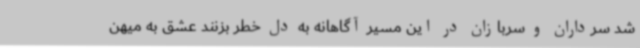
شد سرداران و سربازان در این مسیر آگاهانه به دل خطر بزنند عشق به میهن